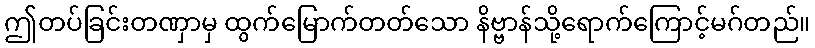
ဤတပ်ခြင်းတဏှာမှ ထွက်မြောက်တတ်သော နိဗ္ဗာန်သို့ရောက်ကြောင့်မဂ်တည်။